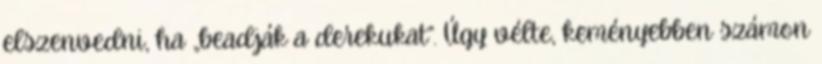
elszenvedni, ha „beadják a derekukat”. Úgy vélte, keményebben számon